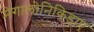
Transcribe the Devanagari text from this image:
मेगालोनिकिडाए